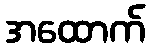
အထောက်